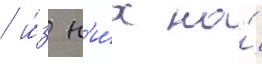
/ и́з н'и́х на́